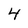
Character: 4